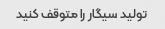
تولید سیگار را متوقف کنید